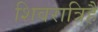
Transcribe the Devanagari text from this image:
शिवरात्रिहै